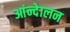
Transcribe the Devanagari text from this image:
आंन्देालन